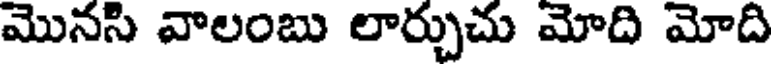
మొనసి వాలంబు లార్చుచు మోది మోది